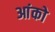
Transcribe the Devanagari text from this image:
आंको